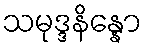
သမုဒ္ဒနိန္နော